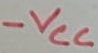
Text: -VCC